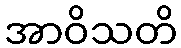
အာဝိသတိ